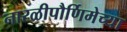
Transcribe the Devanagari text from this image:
नारळीपौर्णिमेच्या